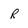
Character: R